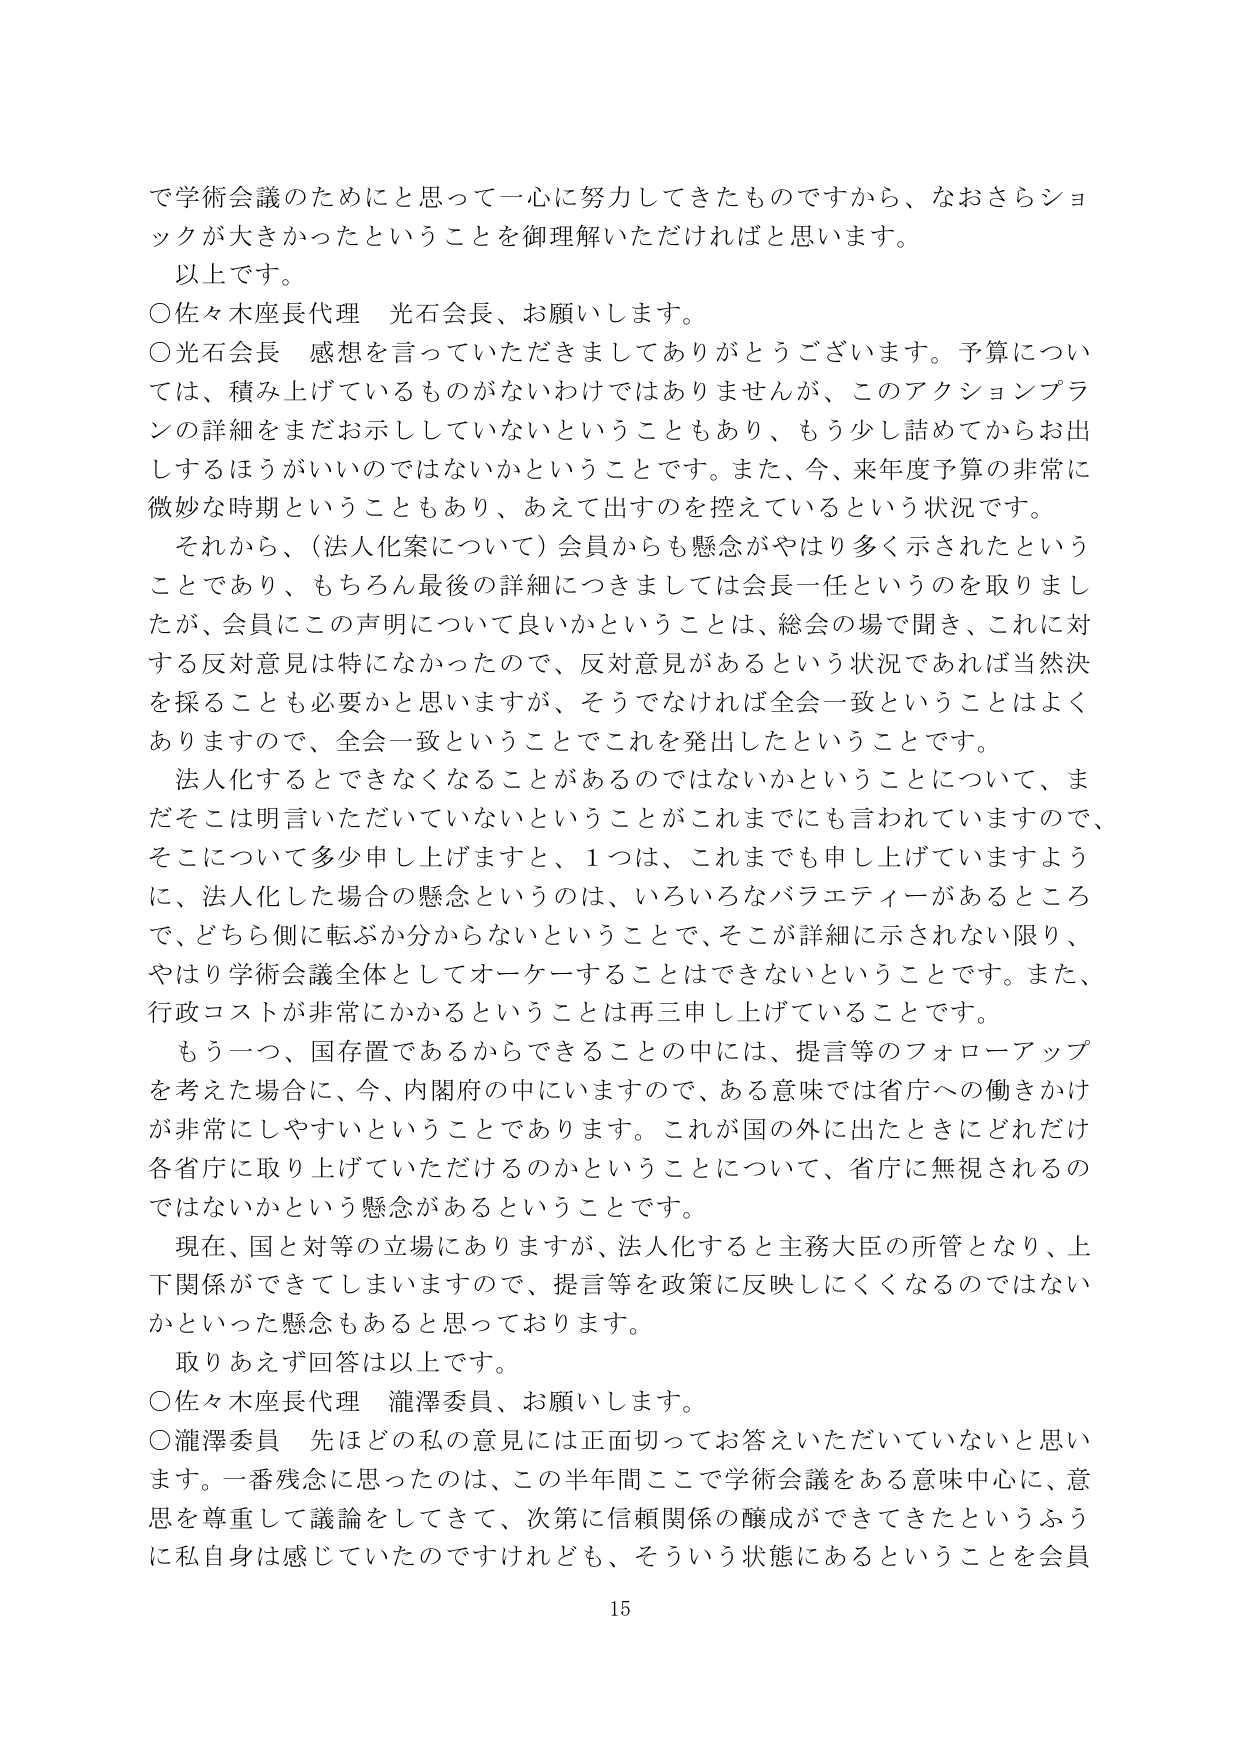
で学術会議のためにと思って一心に努力してきたものですから、なおさらショックが大きかったということを御理解いただければと思います。
以上です。
○佐々木座長代理 光石会長、お願いします。
○光石会長 感想を言っていただきましてありがとうございます。予算については、積み上げているものがないわけではありませんが、このアクションプランの詳細をまだお示ししていないということもあり、もう少し詰めてからお出しするほうがいいのではないかということです。また、今、来年度予算の非常に微妙な時期ということもあり、あえて出すのを控えているという状況です。
それから、（法人化案について）会員からも懸念がやはり多く示されたということであり、もちろん最後の詳細につきましては会長一任というのを取りましたが、会員にこの声明について良いかということは、総会の場で聞き、これに対する反対意見は特になかったので、反対意見があるという状況であれば当然決を採ることも必要かと思いますが、そうでなければ全会一致ということはよくありますので、全会一致ということでこれを発出したということです。
法人化するとできなくなることがあるのではないかということについて、まだそこは明言いただいていないということがこれまでも言われていますので、そこについて多少申し上げますと、1つは、これまでも申し上げていますように、法人化した場合の懸念というのは、いろいろなバラエティがあるところで、どちら側に転ぶか分からないということで、そこが詳細に示されない限り、やはり学術会議全体としてオーケーすることはできないということです。また、行政コストが非常にかかるということは再三申し上げていることです。
もう一つ、国存置であるからできることの中には、提言等のフォローアップを考えた場合に、今、内閣府の中にいますので、ある意味では省庁への働きかけが非常にしやすいということあります。これが国の外に出たときにどれだけ各省庁に取り上げていただけるのかということについて、省庁に無視されるのではないかという懸念があるということです。
現在、国と対等の立場にありますが、法人化すると主務大臣の所管となり、上下関係ができてしまいますので、提言等を政策に反映しにくくなるのではないかといった懸念もあると思っております。
取りあえず回答は以上です。
○佐々木座長代理 瀧澤委員、お願いします。
○瀧澤委員 先ほどの私の意見には正面切ってお答えいただいていないと思います。一番残念に思ったのは、この半年間ここで学術会議をある意味中心に、意思を尊重して議論をしてきて、次第に信頼関係の醸成ができてきたというふうに私自身は感じていたのですけれども、そういう状態にあるということを会員
15